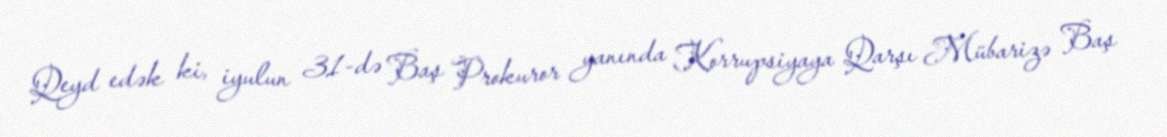
Qeyd edək ki, iyulun 31-də Baş Prokuror yanında Korrupsiyaya Qarşı Mübarizə Baş